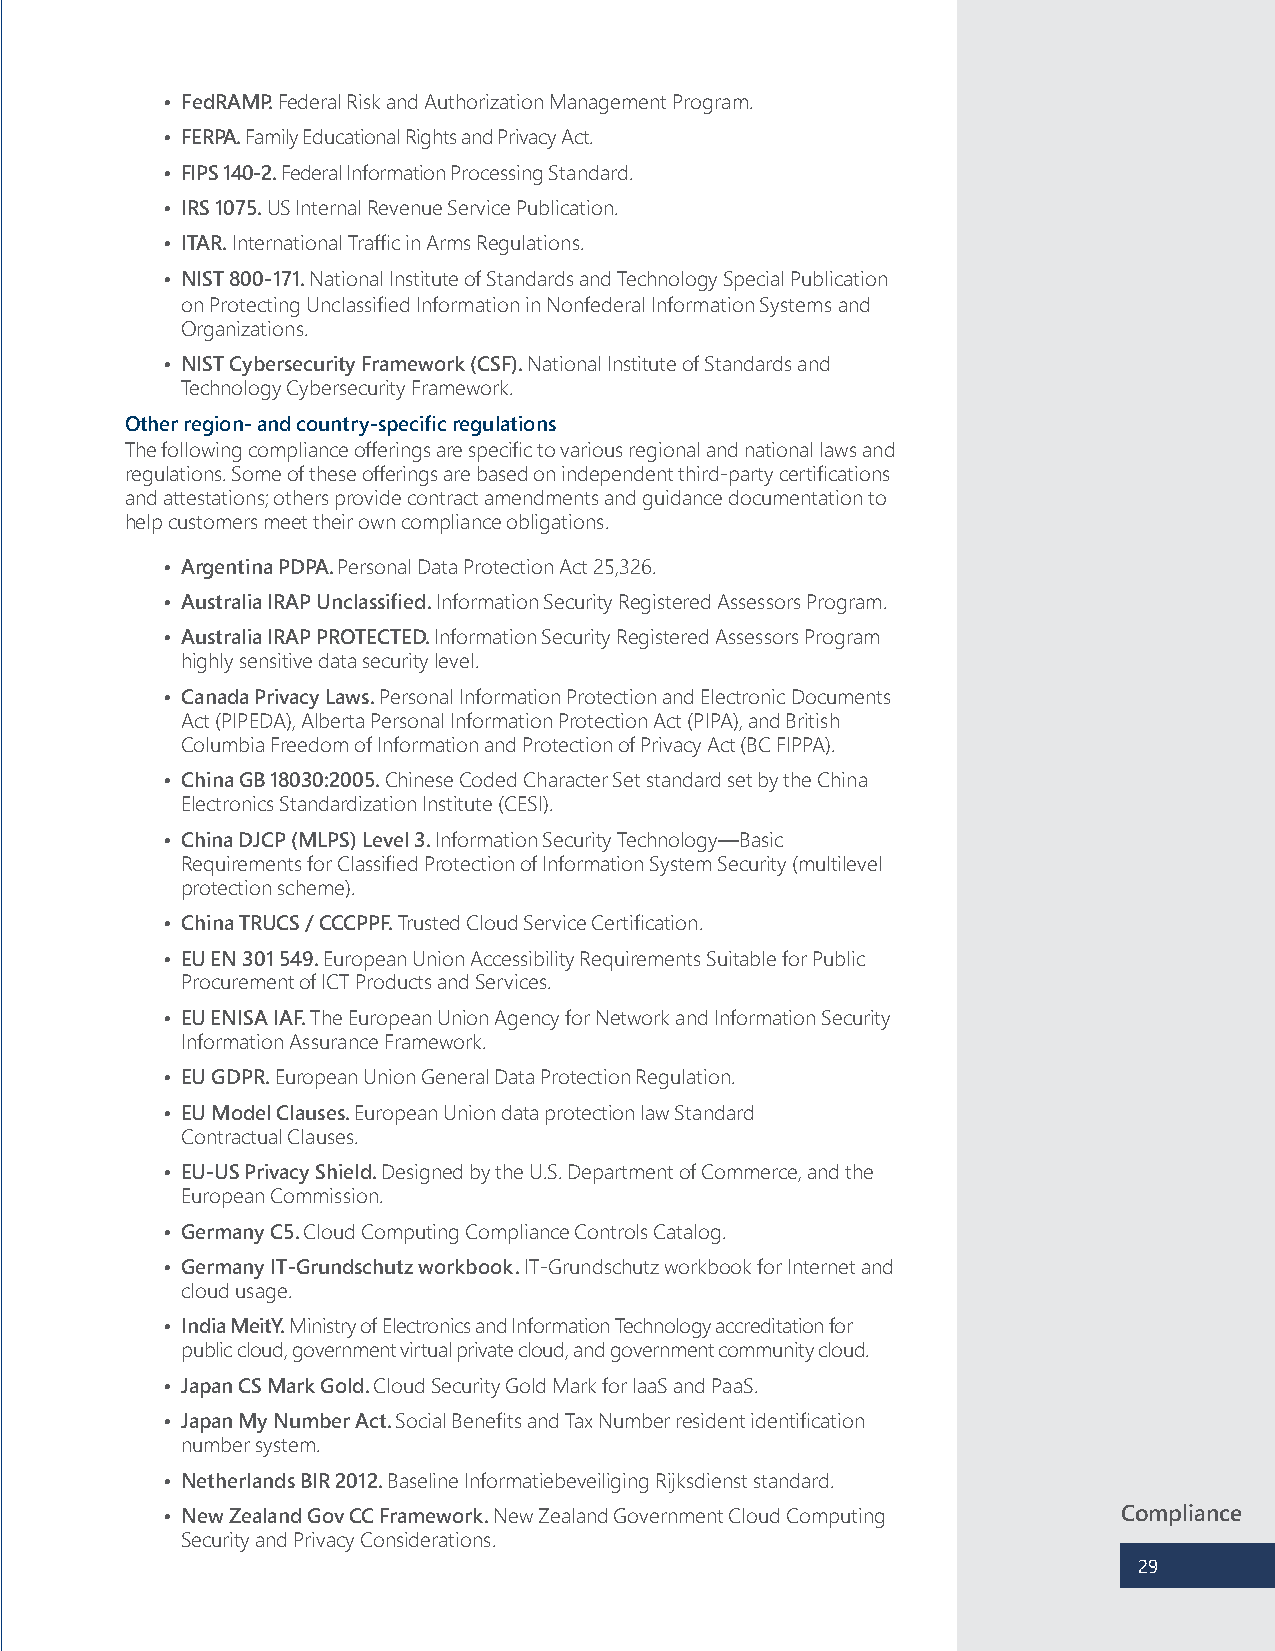
• FedRAMP. Federal Risk and Authorization Management Program.
 • FERPA. Family Educational Rights and Privacy Act.
 • FIPS 140-2. Federal Information Processing Standard.
 • IRS 1075. US Internal Revenue Service Publication.
 • ITAR. International Traffic in Arms Regulations.
 • NIST 800-171. National Institute of Standards and Technology Special Publication
 on Protecting Unclassified Information in Nonfederal Information Systems and
 Organizations.
 • NIST Cybersecurity Framework (CSF). National Institute of Standards and
 Technology Cybersecurity Framework.
 Other region- and country-specific regulations
 The following compliance offerings are specific to various regional and national laws and
 regulations. Some of these offerings are based on independent third-party certifications
 and attestations; others provide contract amendments and guidance documentation to
 help customers meet their own compliance obligations.
 • Argentina PDPA. Personal Data Protection Act 25,326.
 • Australia IRAP Unclassified. Information Security Registered Assessors Program.
 • Australia IRAP PROTECTED. Information Security Registered Assessors Program
 highly sensitive data security level.
 • Canada Privacy Laws. Personal Information Protection and Electronic Documents
 Act (PIPEDA), Alberta Personal Information Protection Act (PIPA), and British
 Columbia Freedom of Information and Protection of Privacy Act (BC FIPPA).
 • China GB 18030:2005. Chinese Coded Character Set standard set by the China
 Electronics Standardization Institute (CESI).
 • China DJCP (MLPS) Level 3. Information Security Technology—Basic
 Requirements for Classified Protection of Information System Security (multilevel
 protection scheme).
 • China TRUCS / CCCPPF. Trusted Cloud Service Certification.
 • EU EN 301 549. European Union Accessibility Requirements Suitable for Public
 Procurement of ICT Products and Services.
 • EU ENISA IAF. The European Union Agency for Network and Information Security
 Information Assurance Framework.
 • EU GDPR. European Union General Data Protection Regulation.
 • EU Model Clauses. European Union data protection law Standard
 Contractual Clauses.
 • EU-US Privacy Shield. Designed by the U.S. Department of Commerce, and the
 European Commission.
 • Germany C5. Cloud Computing Compliance Controls Catalog.
 • Germany IT-Grundschutz workbook. IT-Grundschutz workbook for Internet and
 cloud usage.
 • India MeitY. Ministry of Electronics and Information Technology accreditation for
 public cloud, government virtual private cloud, and government community cloud.
 • Japan CS Mark Gold. Cloud Security Gold Mark for IaaS and PaaS.
 • Japan My Number Act. Social Benefits and Tax Number resident identification
 number system.
 • Netherlands BIR 2012. Baseline Informatiebeveiliging Rijksdienst standard.
 • New Zealand Gov CC Framework. New Zealand Government Cloud Computing Compliance
 Security and Privacy Considerations.
 29